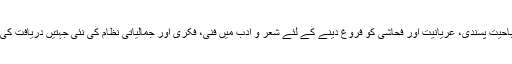
حیرت ہے اباحیت پسندی، عریانیت اور فحاشی کو فروغ دینے کے لئے شعر و ادب میں فنی، فکری اور جمالیاتی نظام کی نئی جہتیں دریافت کی جا رہی ہیں۔